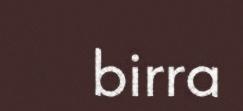
birra